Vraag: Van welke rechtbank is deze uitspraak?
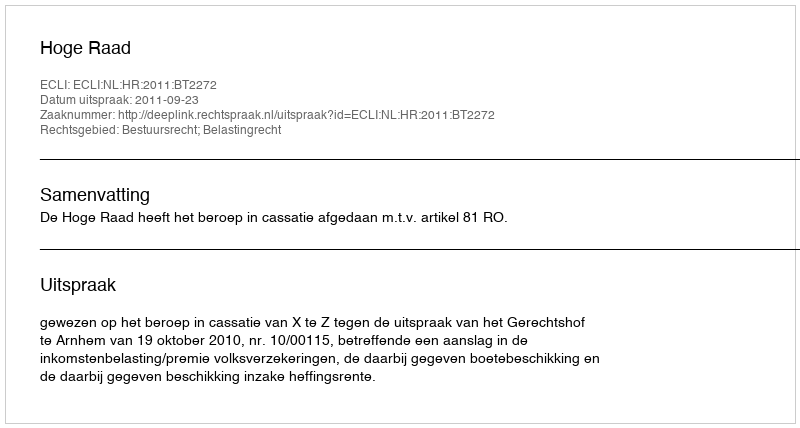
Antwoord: Hoge Raad